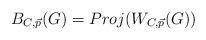
LaTeX: \begin{align*}B_{C, \vec{p}}(G) = Proj(W_{C, \vec{p}}(G))\\\end{align*}